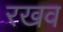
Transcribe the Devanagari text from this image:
रखव